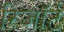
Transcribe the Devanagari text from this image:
रिज़ाॅर्ट